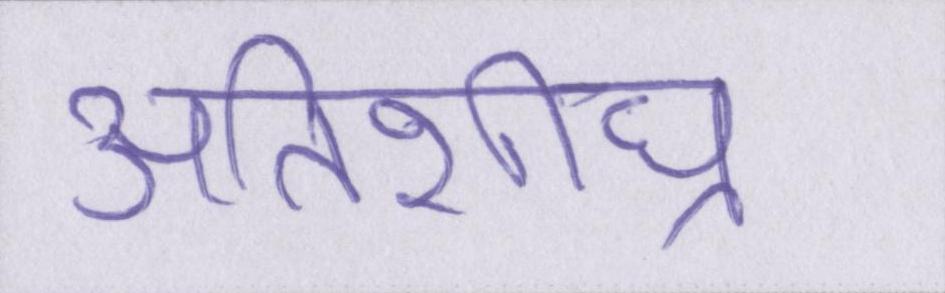
अतिशीघ्र